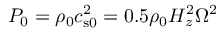
P _ { 0 } = \rho _ { 0 } c _ { \mathrm { s 0 } } ^ { 2 } = 0 . 5 \rho _ { 0 } H _ { z } ^ { 2 } \Omega ^ { 2 }